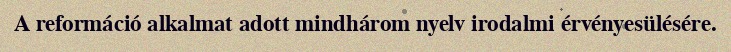
A reformáció alkalmat adott mindhárom nyelv irodalmi érvényesülésére.